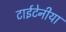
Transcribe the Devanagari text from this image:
टाईटेनीया